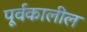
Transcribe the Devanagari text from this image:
पूर्वकालील